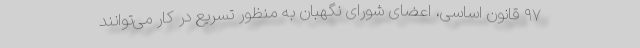
۹۷ قانون اساسی، اعضای شورای نگهبان به منظور تسریع در کار می‌توانند